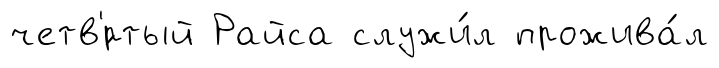
четв'́ртый Райса служи́л прожива́л